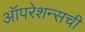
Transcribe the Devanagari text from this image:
ऑपरेशन्सची